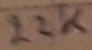
Text: 22K